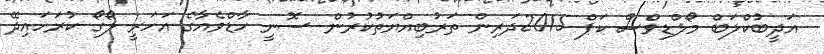
އަދީބުކްލަބް މޯލްޑިވްސް ކަޕް 2015ދަރިން ތަރުބިއްޔަތުކުރުން ސޮނީ ހާޑްވެއާގެ އަހަރީ ލޯގޯ ކުރަހައިދޭ